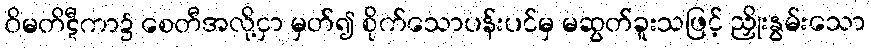
ဝိမတိဋီကာ၌ စေတီအလို့ငှာ မှတ်၍ စိုက်သောပန်းပင်မှ မဆွတ်ခူးသဖြင့် ညှိုးနွမ်းသော